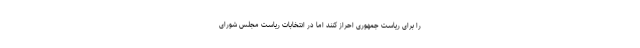
را برای ریاست جمهوری احراز کنند اما در انتخابات ریاست مجلس شورای